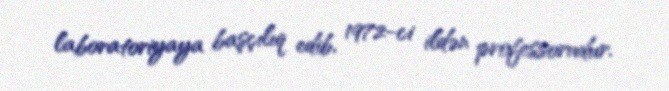
laboratoriyaya başçılıq edib, 1972-ci ildən professorudur.